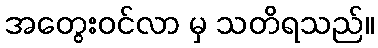
အတွေးဝင်လာ မှ သတိရသည်။